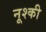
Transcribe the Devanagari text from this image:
नूश्की